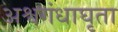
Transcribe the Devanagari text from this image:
अश्वगंधाघृता